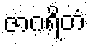
ဇာဂရိတံ